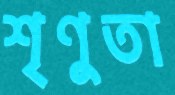
শৃণুতা